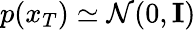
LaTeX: p(x_{T})\simeq\mathcal{N}(0,\mathbf{I})